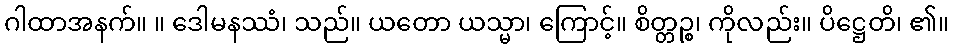
ဂါထာအနက်။ ။ ဒေါမနဿံ၊ သည်။ ယတော ယသ္မာ၊ ကြောင့်။ စိတ္တဉ္စ၊ ကိုလည်း။ ပိဋ္ဌေတိ၊ ၏။